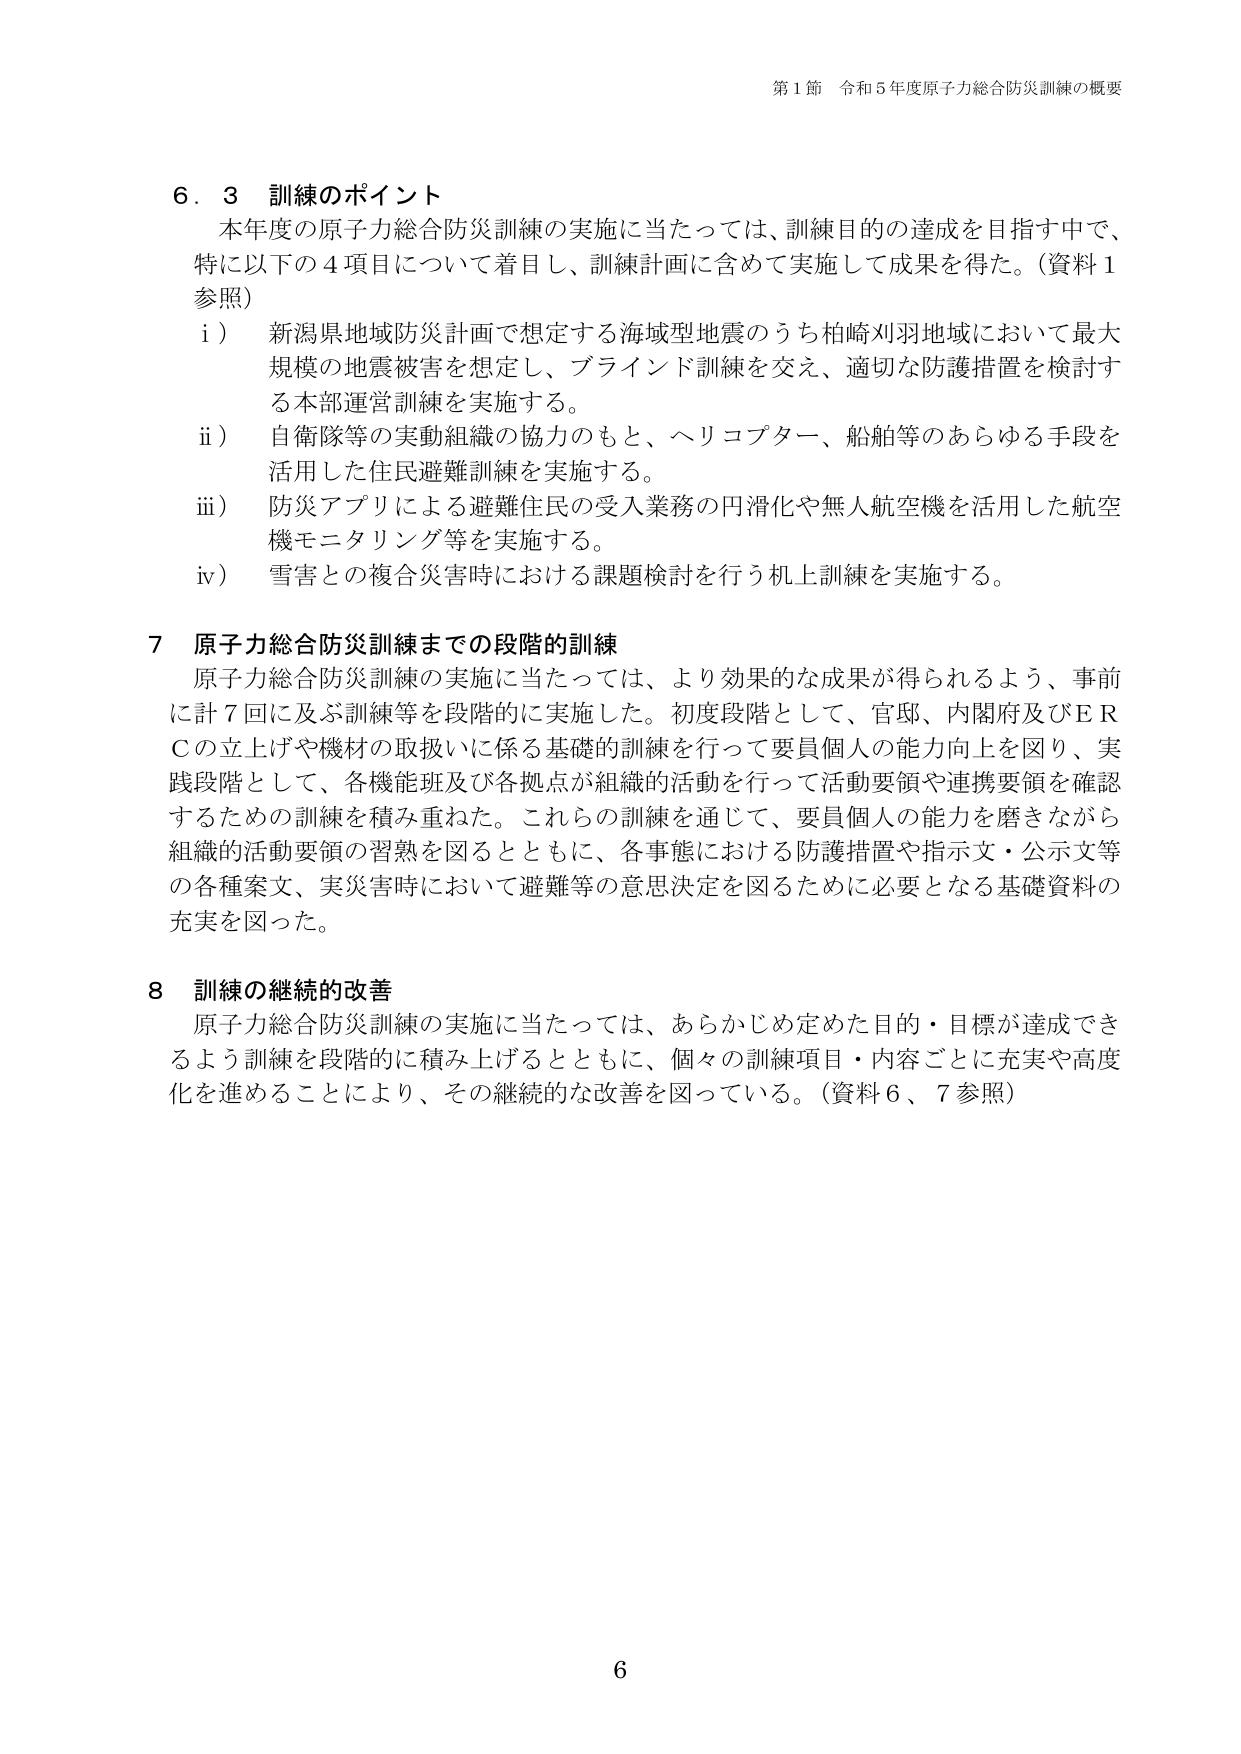
第１節 令和５年度原子力総合防災訓練の概要

６．３ 訓練のポイント
本年度の原子力総合防災訓練の実施に当たっては、訓練目的の達成を目指す中で、
特に以下の４項目について着目し、訓練計画に含めて実施して成果を得た。（資料１
参照）
i） 新潟県地域防災計画で想定する海域型地震のうち柏崎刈羽地域において最大
規模の地震被害を想定し、ブラインド訓練を交え、適切な防護措置を検討す
る本部運営訓練を実施する。
ii） 自衛隊等の実動組織の協力のもと、ヘリコプター、船舶等のあらゆる手段を
活用した住民避難訓練を実施する。
iii） 防災アプリによる避難住民の受入業務の円滑化や無人航空機を活用した航空
機モニタリング等を実施する。
iv） 雪害との複合災害時における課題検討を行う机上訓練を実施する。

７ 原子力総合防災訓練までの段階的訓練
原子力総合防災訓練の実施に当たっては、より効果的な成果が得られるよう、事前
に計７回に及ぶ訓練等を段階的に実施した。初度段階として、官邸、内閣府及びＥＲ
Ｃの立上げや機材の取扱いに係る基礎的訓練を行って要員個人の能力向上を図り、実
践段階として、各機能班及び各拠点が組織的活動を行って活動要領や連携要領を確認
するための訓練を積み重ねた。これらの訓練を通じて、要員個人の能力を磨きながら
組織的活動要領の習熟を図るとともに、各事態における防護措置や指示文・公示文等
の各種案文、実災害時において避難等の意思決定を図るために必要となる基礎資料の
充実を図った。

８ 訓練の継続的改善
原子力総合防災訓練の実施に当たっては、あらかじめ定めた目的・目標が達成でき
るよう訓練を段階的に積み上げるとともに、個々の訓練項目・内容ごとに充実や高度
化を進めることにより、その継続的な改善を図っている。（資料６、７参照）

６